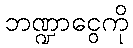
ဘဏ္ဍာငွေကို